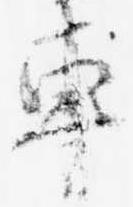
車